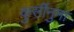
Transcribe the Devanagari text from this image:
कुर्सीनुमा